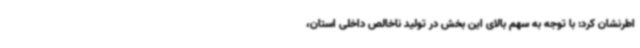
اطرنشان کرد: با توجه به سهم بالای این بخش در تولید ناخالص داخلی استان،